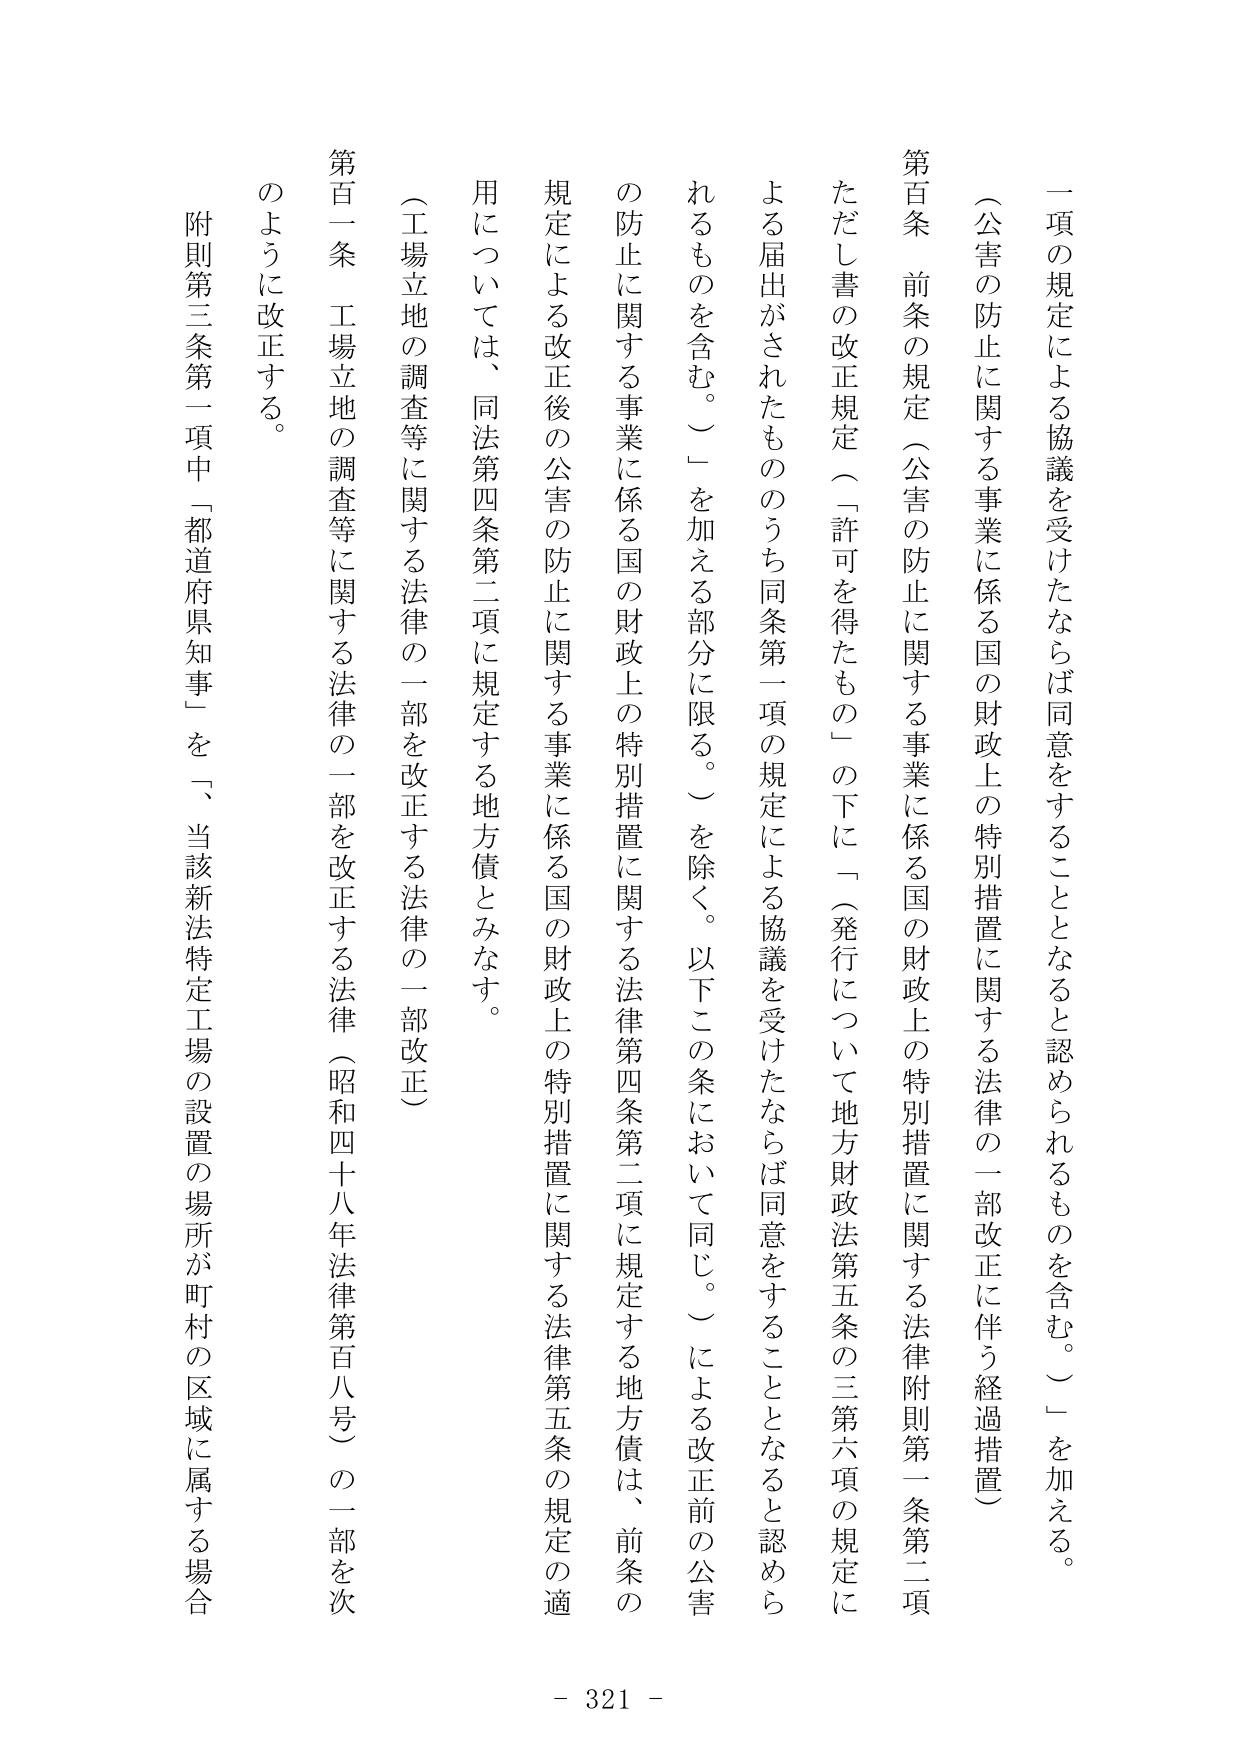
一項の規定による協議を受けたならば同意をすることとなると認められるものを含む。）を加える。
（公害の防止に関する事業に係る国の財政上の特別措置に関する法律の一部改正に伴う経過措置）
第百条　前条の規定（公害の防止に関する事業に係る国の財政上の特別措置に関する法律附則第一条第二項ただし書の改正規定（「許可を得たもの」の下に「（発行について地方財政法第五条の三第六項の規定による届出がされたもののうち同条第一項の規定による協議を受けたならば同意をすることとなると認められるものを含む。）」を加える部分に限る。）を除く。以下この条において同じ。）による改正前の公害の防止に関する事業に係る国の財政上の特別措置に関する法律第四条第二項に規定する地方債は、前条の規定による改正後の公害の防止に関する事業に係る国の財政上の特別措置に関する法律第五条の規定の適用については、同法第四条第二項に規定する地方債とみなす。
（工場立地の調査等に関する法律の一部を改正する法律の一部改正）
第百一条　工場立地の調査等に関する法律の一部を改正する法律（昭和四十八年法律第百八号）の一部を次のように改正する。
附則第三条第一項中「都道府県知事」を「、当該新法特定工場の設置の場所が町村の区域に属する場合
- 321 -